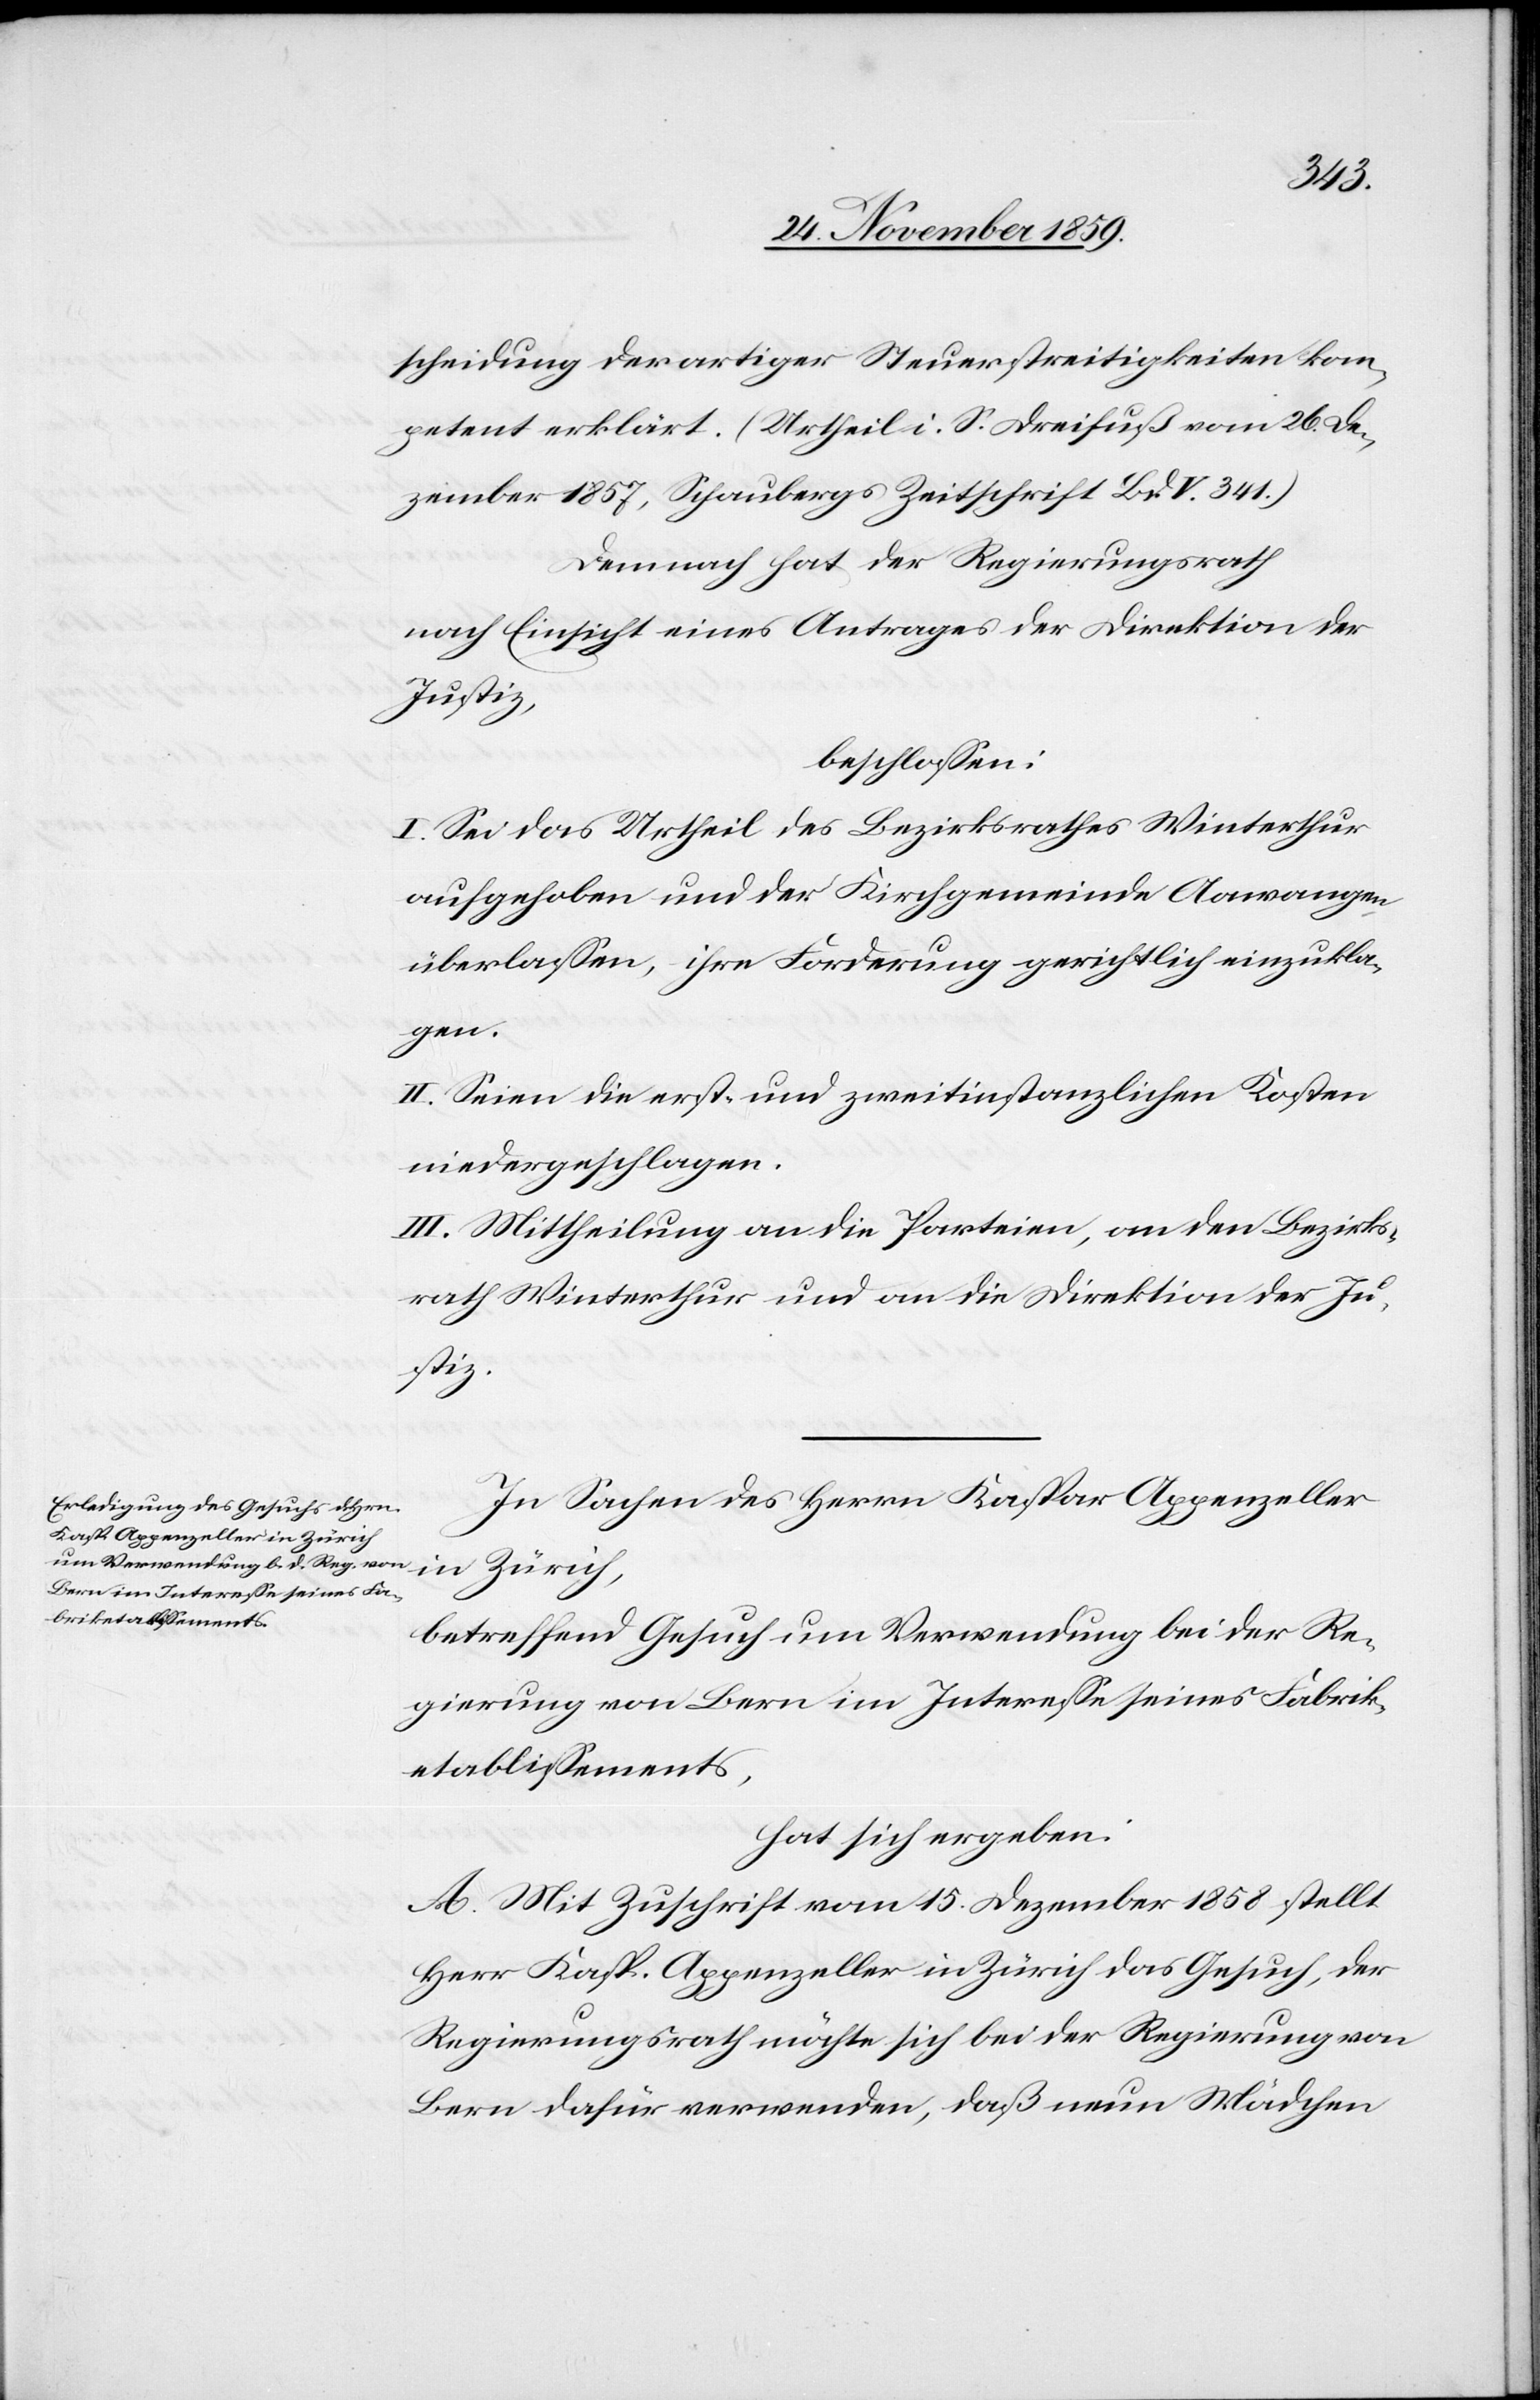
scheidung derartiger Steuerstreitigkeiten kom¬
petent erklärt. (Urtheil i. S. Dreifuß vom 26. De¬
zember 1857, Schaubergs Zeitschrift Bd. V. 341)
Demnach hat der Regierungsrath
nach Einsicht eines Antrages der Direktion der
Justiz,
beschlossen:
I. Sei das Urtheil des Bezirksrathes Winterthur
aufgehoben und der Kirchgemeinde Aawangen
überlassen, ihre Forderung gerichtlich einzukla¬
gen.
II. Seien die erst- und zweitinstanzlichen Kosten
niedergeschlagen.
III. Mittheilung an die Parteien, an den Bezirks¬
rath Winterthur und an die Direktion der Ju¬
stiz.
In Sachen des Herrn Kaspar Appenzeller
in Zürich,
betreffend Gesuch um Verwendung bei der Re¬
gierung von Bern im Interesse seines Fabrik¬
etablissements,
hat sich ergeben:
A. Mit Zuschrift vom 15. Dezember 1858 stellt
Herr Kasp. Appenzeller in Zürich das Gesuch, der
Regierungsrath möchte sich bei der Regierung von
Bern dafür verwenden, daß neun Mädchen